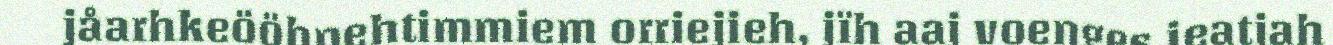
jåarhkeööhpehtimmiem orriejieh, jïh aaj voenges jeatjah